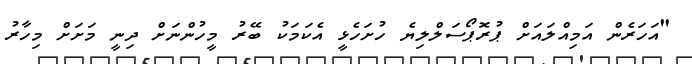
"އަހަރެން އަމިއްލައަށް ޕުރޮޕޯސަލްލިޔެ ހުށަހެޅީ އެކަމަކު ބޭރު މީހުންނަށް ދިނީ މަށަށް މިހާރު